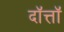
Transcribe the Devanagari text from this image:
दॉत्तॉ